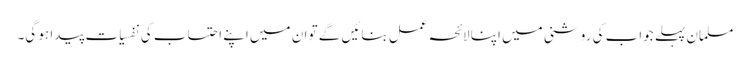
مسلمان پہلے جواب کی روشنی میں اپنا لائحہ عمل بنائیں گے تو ان میں اپنے احتساب کی نفسیات پیدا ہو گی۔